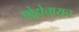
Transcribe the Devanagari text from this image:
पोहोचायच